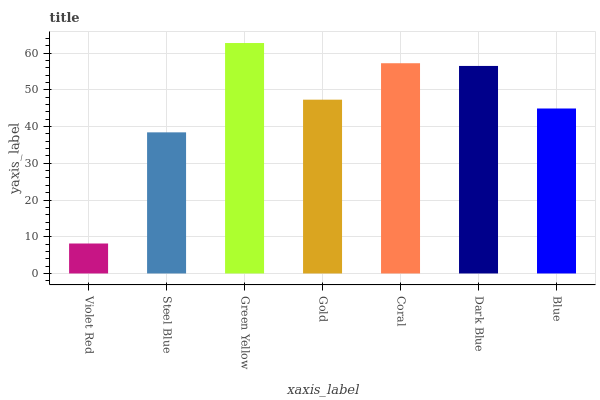
| xaxis_label | bars |
 | --- | --- |
 | Violet Red | 8.16 |
 | Steel Blue | 38.4 |
 | Green Yellow | 62.7 |
 | Gold | 47.3 |
 | Coral | 57.2 |
 | Dark Blue | 56.5 |
 | Blue | 44.9 |